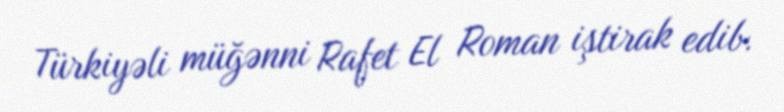
Türkiyəli müğənni Rafet El Roman iştirak edib.